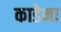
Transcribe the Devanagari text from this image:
काडेना